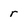
Character: r